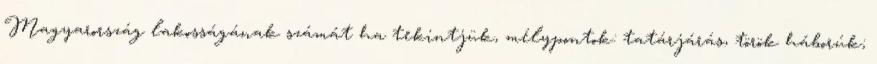
Magyarország lakosságának számát ha tekintjük, mélypontok: tatárjárás, török háborúk;